Trukikaitis_Postimees, lk 29
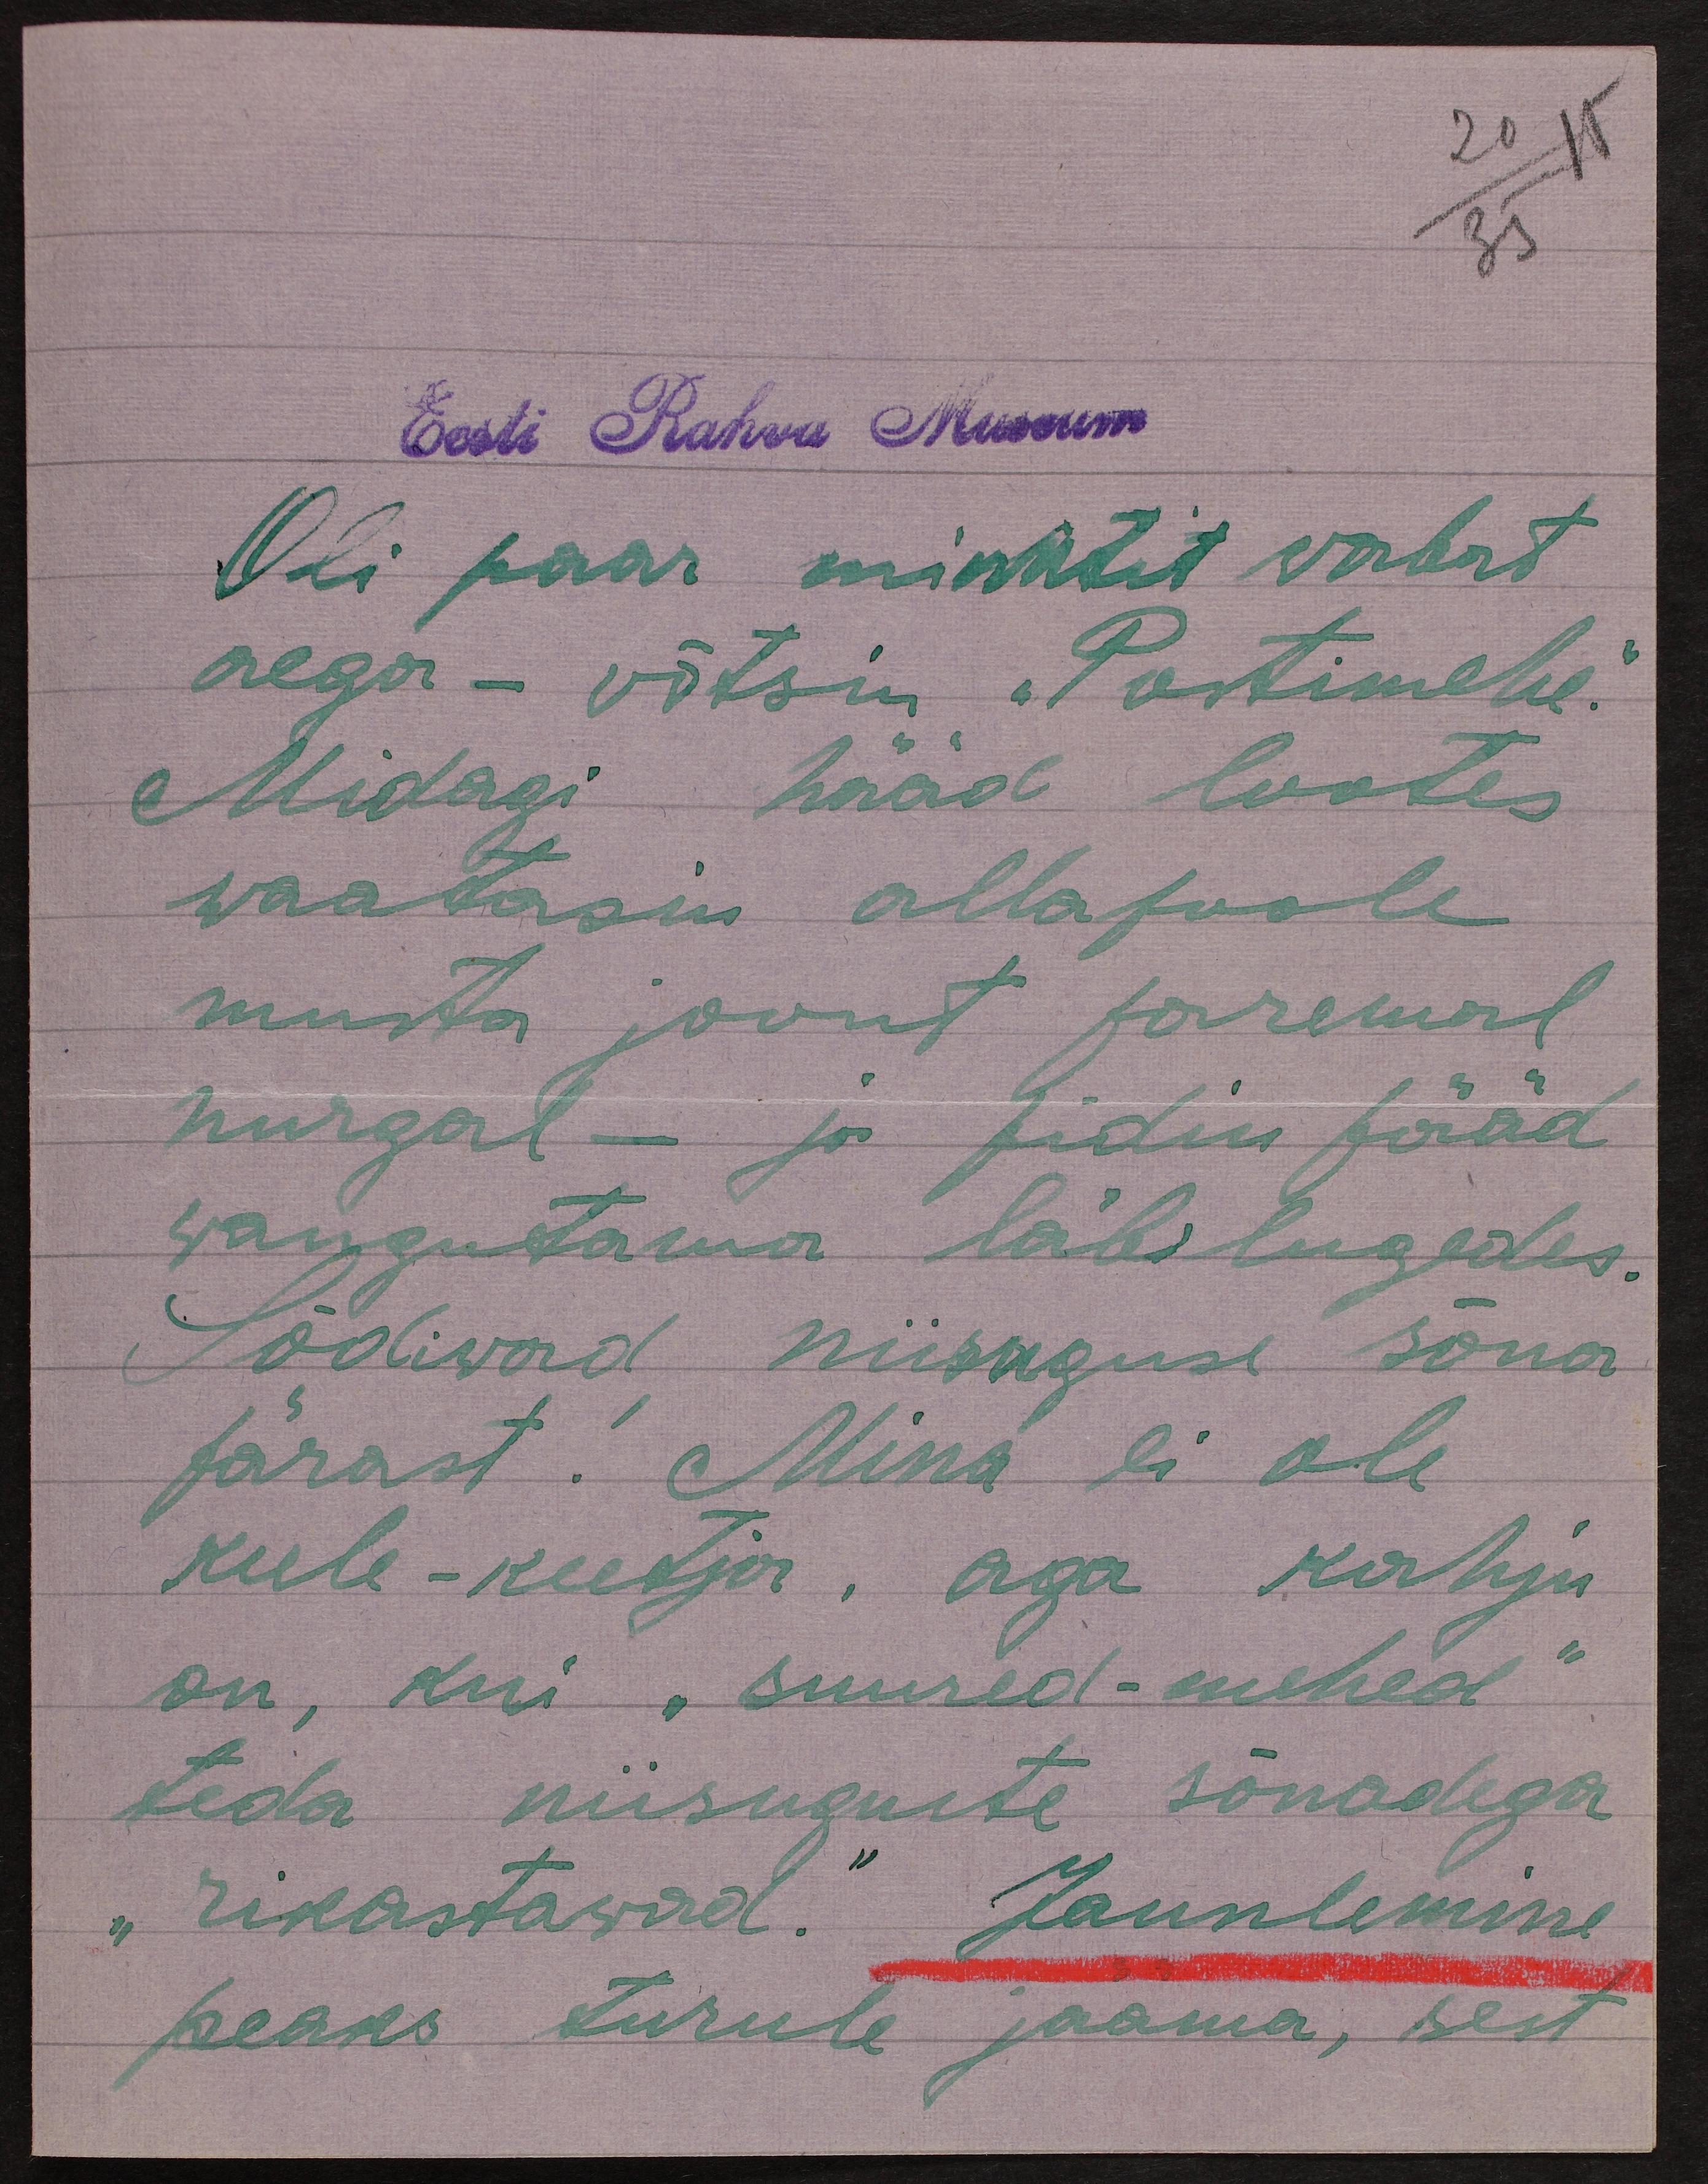
20 15
Eesti Rahva Museum
Oli paar minutit wabat
aega - võtsin "Postimehe."
Midagi hääd lootes
waatasin alla poole
musta joont paremal
nurgal - ja pidin pääd
wangutama läbi lugedes.
Sõdiwad niisuguse sõna
pärast! Mina ei ole
keele-keetja, aga kahju
on, kui "suured-mehed"
teda niisuguste sõnadega
"rikastawad." Jaunlemine"
peaks turule jaama, sest